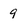
Character: 9